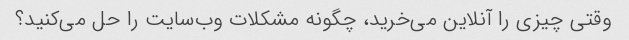
وقتی چیزی را آنلاین می‌خرید، چگونه مشکلات وب‌سایت را حل می‌کنید؟